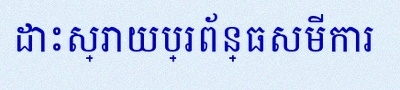
ដោះស្រាយប្រព័ន្ធសមីការ